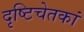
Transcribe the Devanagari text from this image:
दृष्टिचेतकां